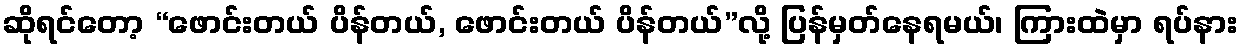
ဆိုရင်တော့ “ဖောင်းတယ် ပိန်တယ်, ဖောင်းတယ် ပိန်တယ်”လို့ ပြန်မှတ်နေရမယ်၊ ကြားထဲမှာ ရပ်နား